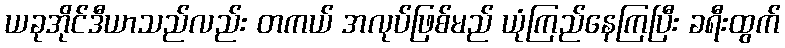
ယခုအိုင်ဒီယာသည်လည်း တကယ် အလုပ်ဖြစ်မည် ယုံကြည်နေကြပြီး ခရီးထွက်